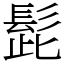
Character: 髭